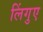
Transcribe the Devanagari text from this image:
लिंगुए